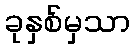
ခုနှစ်မှသာ